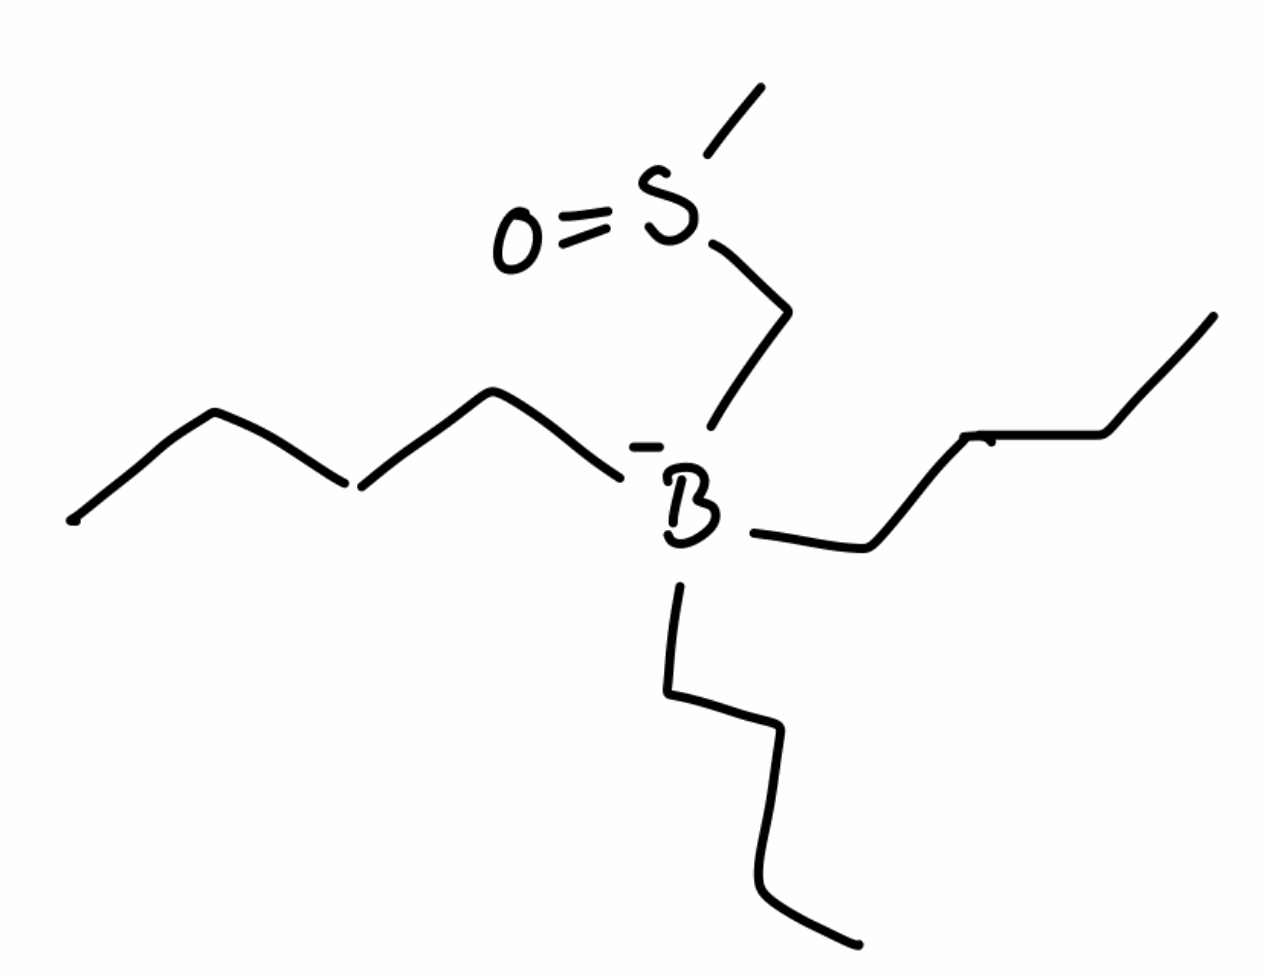
Simplified molecular-input line-entry system (SMILES) notation of the given molecule:
[B-](CCCC)(CCCC)(CCCC)CS(=O)C